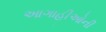
આગાહીઓની